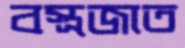
বস্ত্রজাত